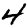
Digit: 4